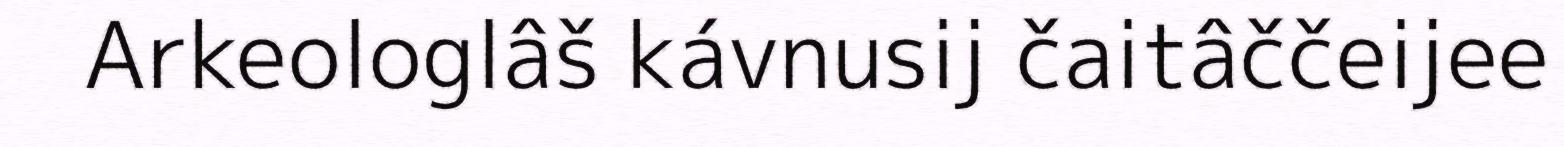
Arkeologlâš kávnusij čaitâččeijee